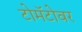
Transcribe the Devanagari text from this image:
टोमॅटोवर